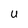
Character: U